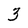
Character: 3